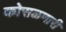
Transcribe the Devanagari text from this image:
कोसळणारी